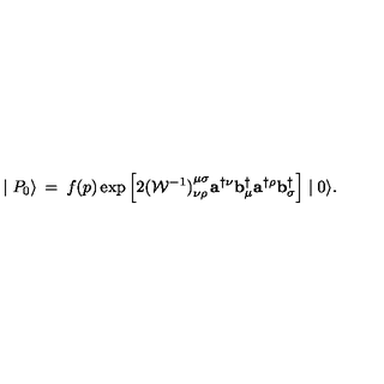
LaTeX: \mid { P } _ { 0 } \rangle \: = \: f ( p ) \exp \left[ 2 { ( { \cal W } ^ { - 1 } ) } _ { \nu \rho } ^ { \mu \sigma } { \mathbf a } ^ { \dagger \nu } { \mathbf b } _ { \mu } ^ { \dagger } { \mathbf a } ^ { \dagger \rho } { \mathbf b } _ { \sigma } ^ { \dagger } \right] \mid 0 \rangle .